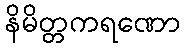
နိမိတ္တကရဏော